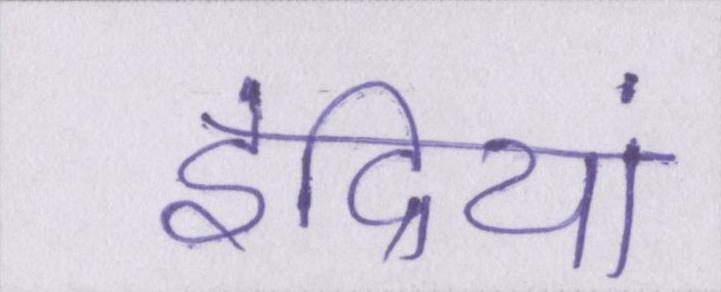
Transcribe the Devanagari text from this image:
इंद्रियां